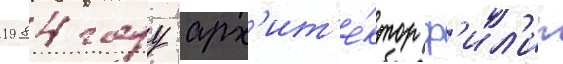
1984 году арх'ит'е́ктор ф'ил'ип